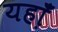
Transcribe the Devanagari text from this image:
यहा़ँ